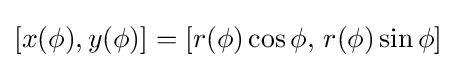
[x(\phi ),y(\phi )]=[r(\phi )\cos \phi ,\,r(\phi )\sin \phi ]